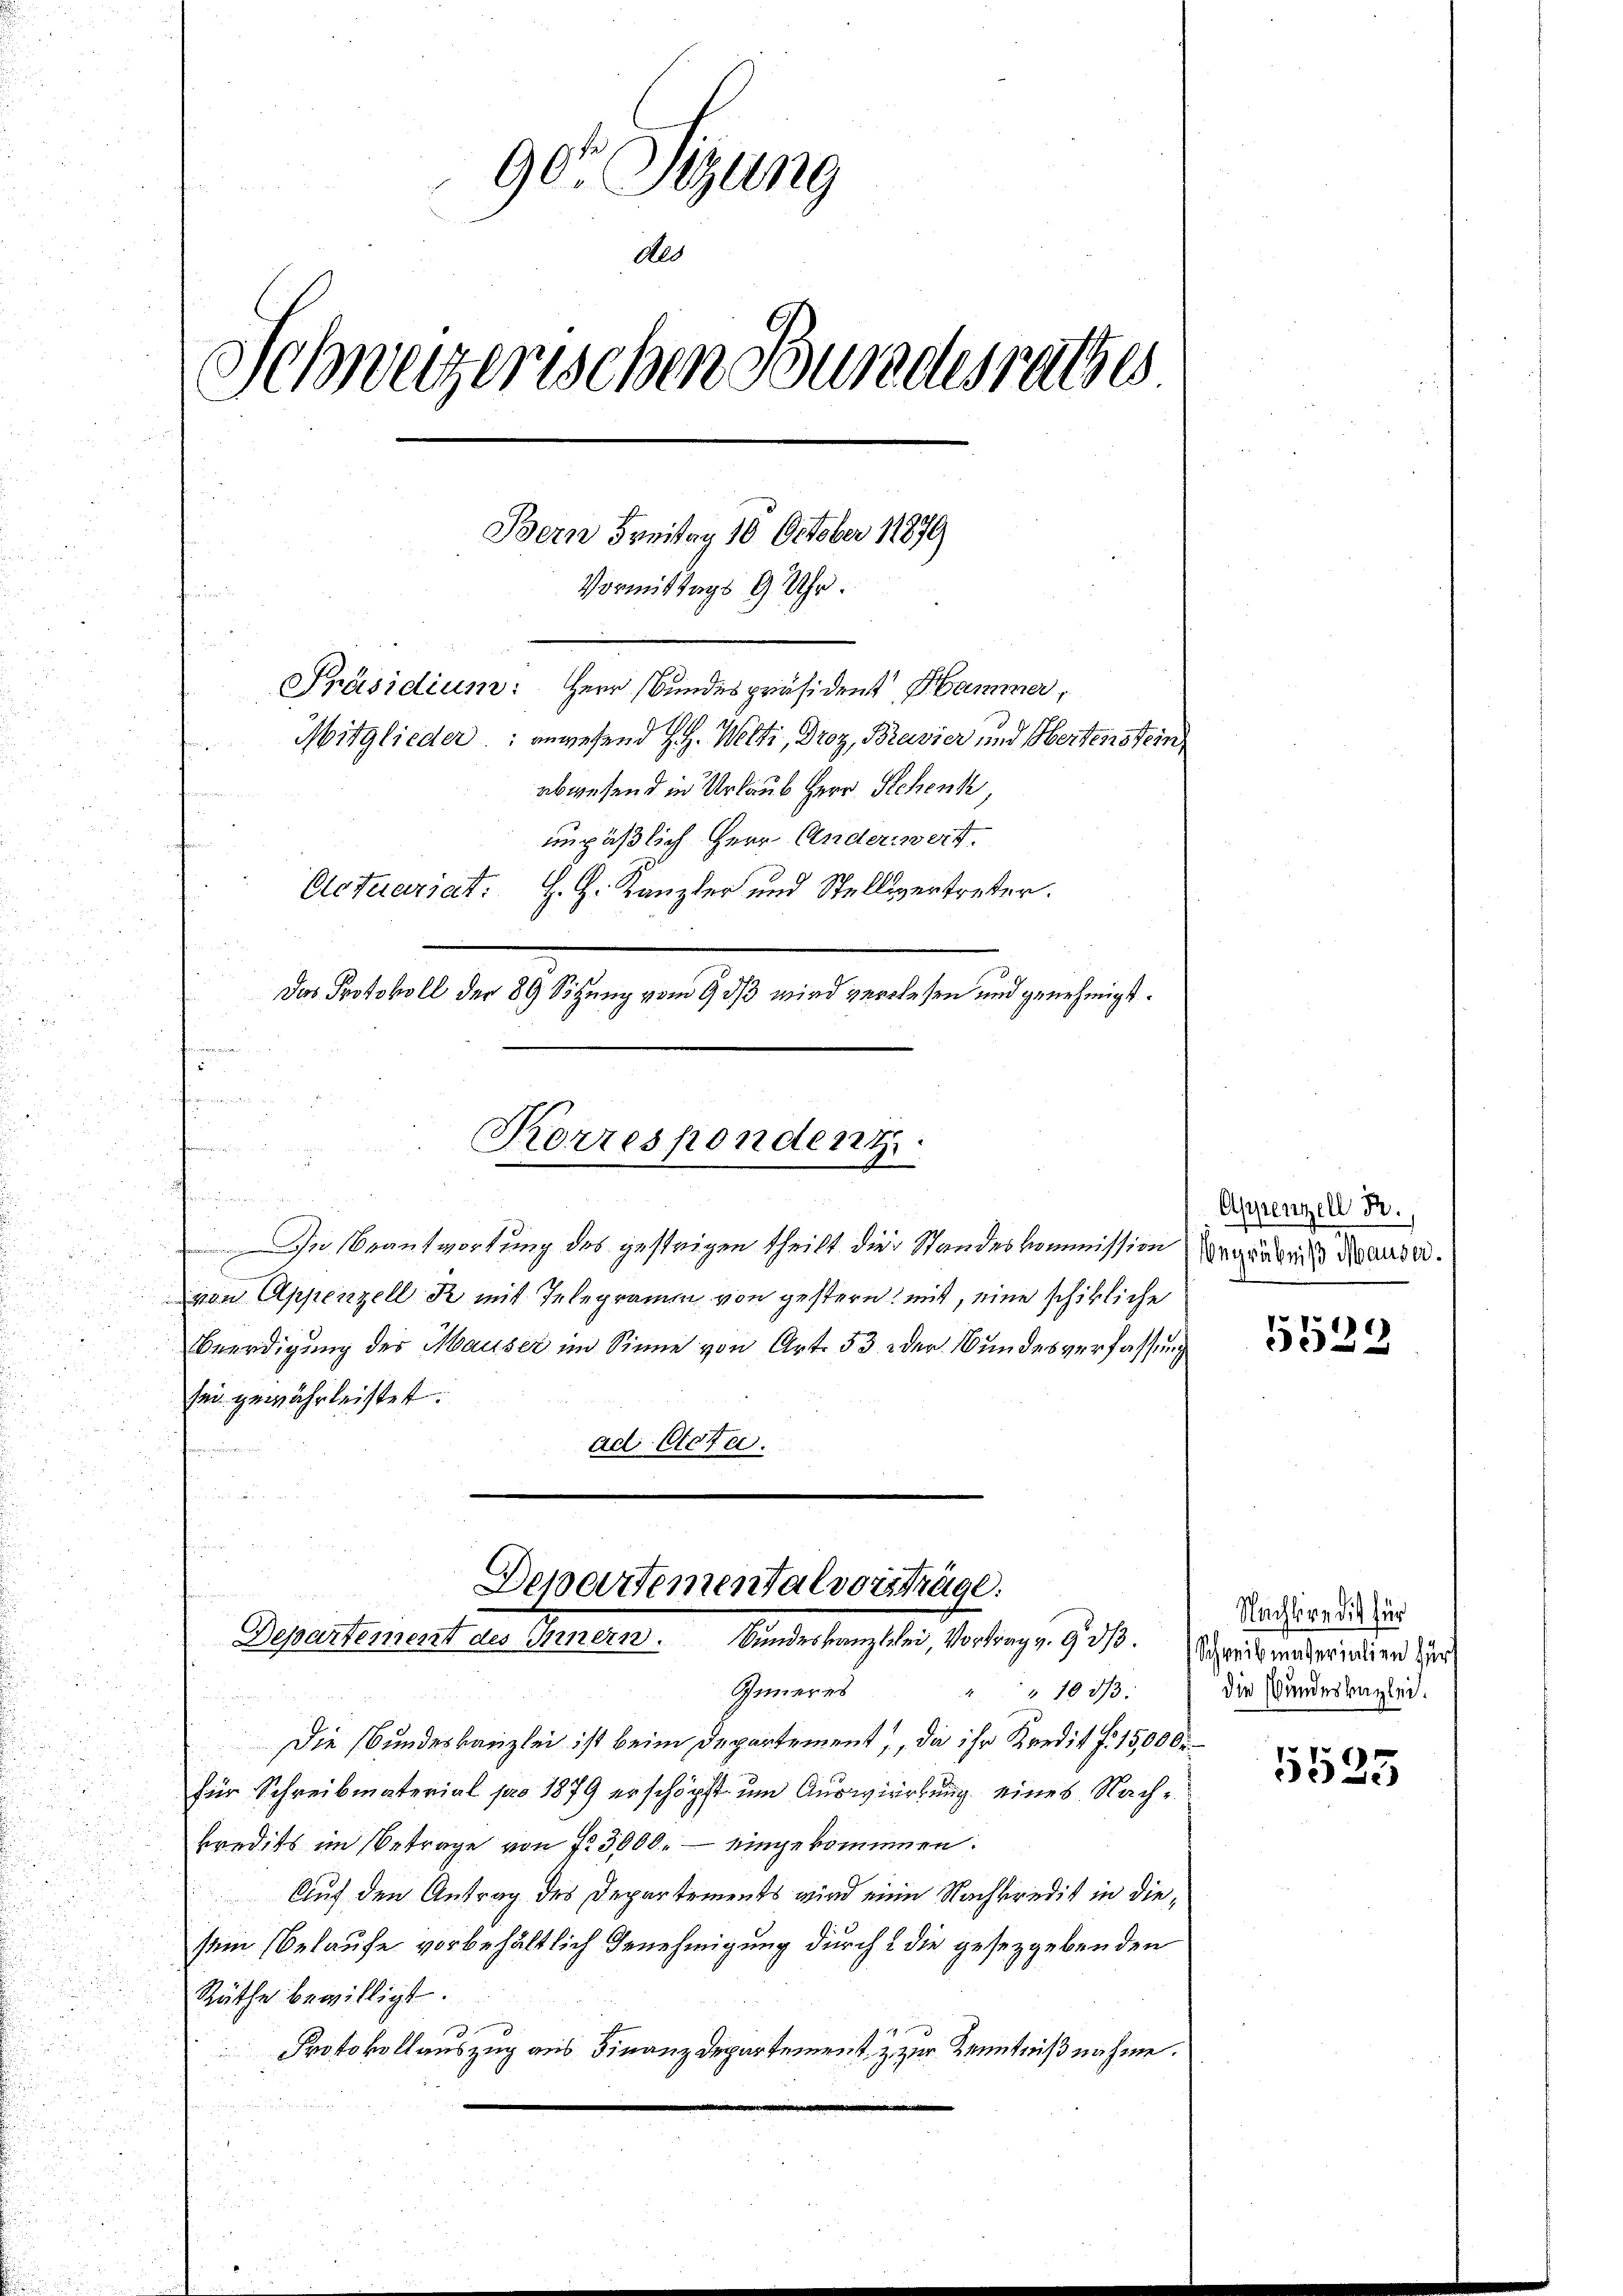
90 Sizung
Als
Schweizerischen Bundesrathes
e
Bern Freitag 10 October 18870
Vormittags 9 Uhr.
Präsidium: Herr Bundespräsident Hammer,
Mitglieder: anwesend H. Welti, Droz, Bravier und Obertenstein
abwesend in Urlaub Herr Schenk
unpäßlich Herr Anderwert.
H. H. Kanzler und Stellvertreter.
Actuariat:
Das Protokoll der 89 Sitzung vom 9 2/3 wird verlesen und genehmigt.
i
f

Korrespondent
In Beantwortung des gestrigen theilt die Standeskommission Vorgängniß Rekurser.

hennen
von Appenzell R mit Telegramm von gestern mit, eine schikliche
Beerdigung des Mauser im Sinne von Art. 33. - der Bundesverfassung
sei gewährleistet.
B
ad Acta.

Departementalvorsträge:
Departement des Innern. Bundeskanzlei, Vortrag v. 933.

Inneres
4 " 10 3/3.
Die Bundeskanzlei ist beim Departement, da ihr Kredit f. 15000.
für Schreibmaterial pro 1879 erschöpft um Auswirkung eines Nache
kredits im Betrage von Fr. 3000. – eingekommen.
Auf den Antrag des Departements wird eine Nachkredit in diesem Belaufe vorbehältlich Genehmigung durch die gesezgebenden
Räthe bewilligt.
Protokollauszug aus Finanzdepartement & zur Kenntnißnahme.

¬

Appenzell Fr.

5539

Nachtere die für
Schreibmaterialien fürs
die Bundeskanzlei.

5525